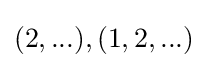
(2,...),(1,2,...)